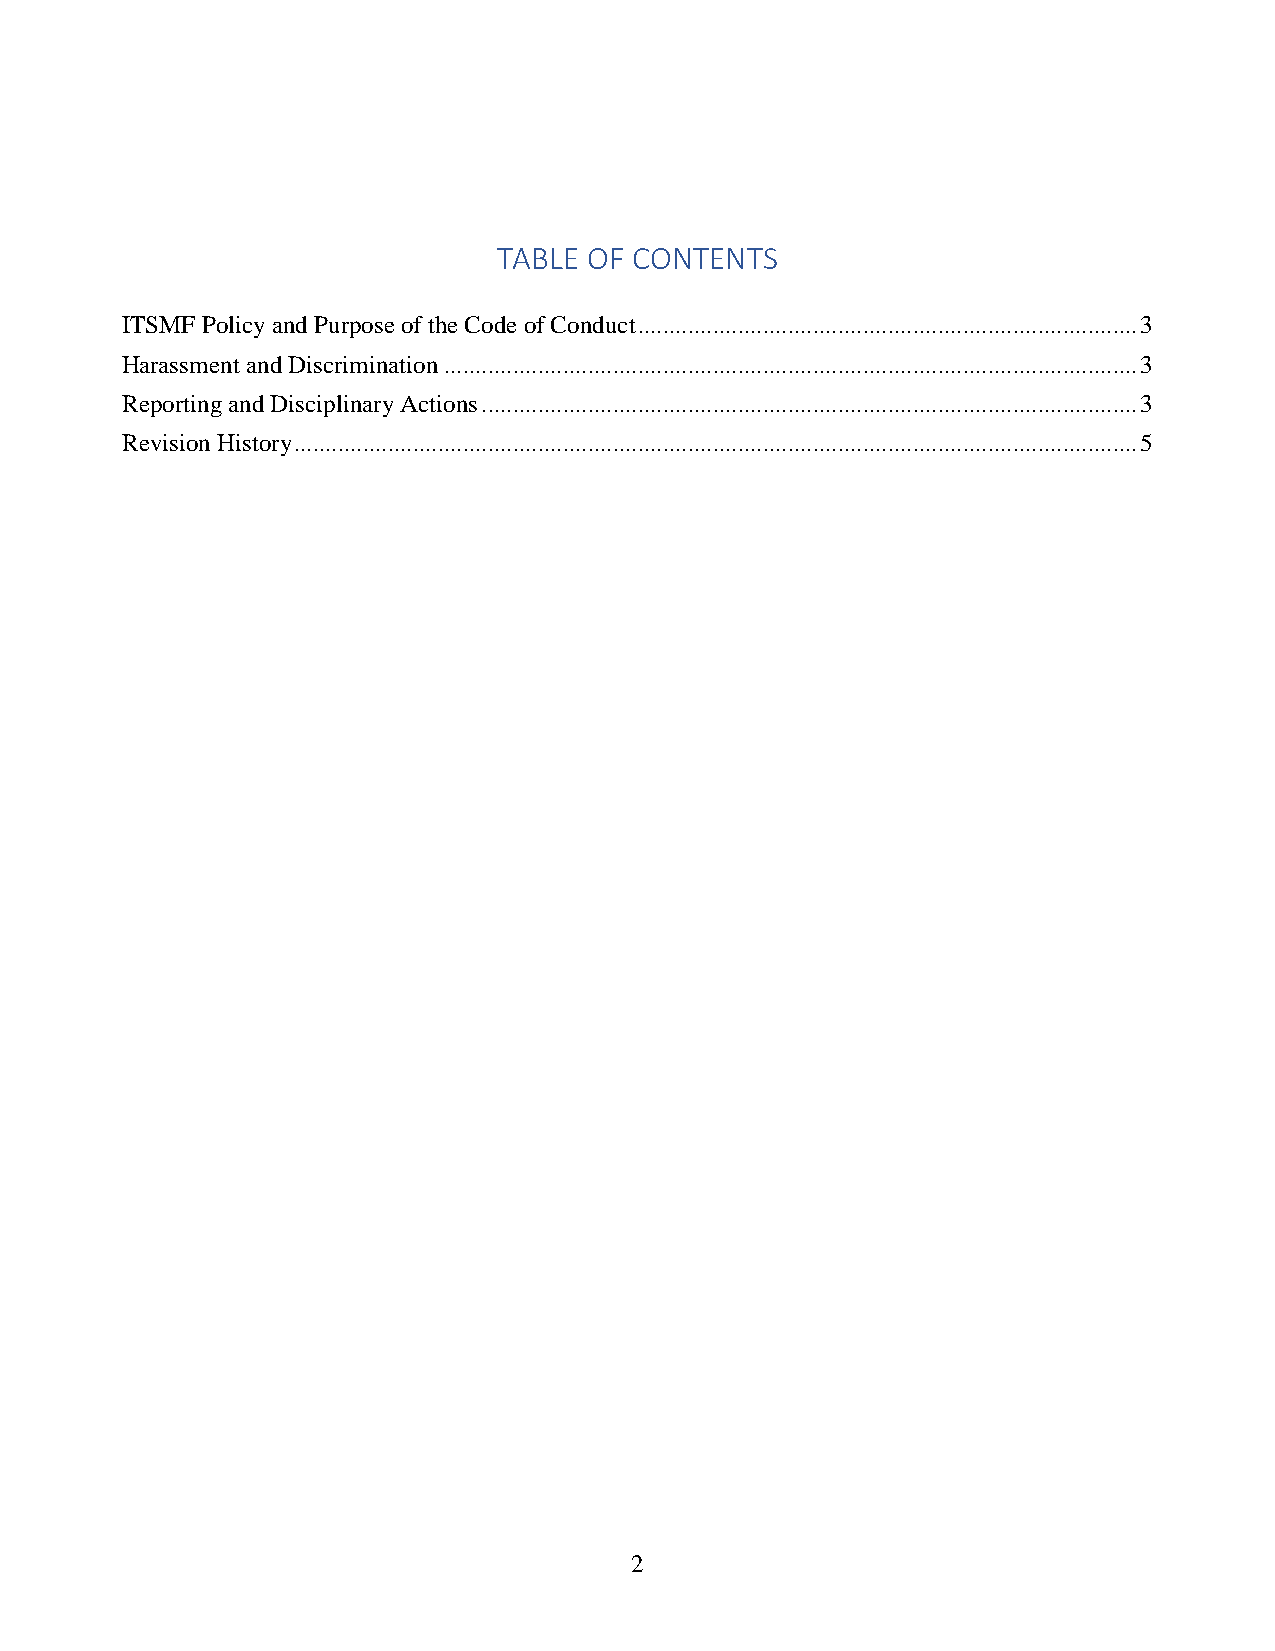
TABLE OF CONTENTS
 ITSMF Policy and Purpose of the Code of Conduct ................................................................................ 3
 Harassment and Discrimination ............................................................................................................... 3
 Reporting and Disciplinary Actions ......................................................................................................... 3
 Revision History ....................................................................................................................................... 5
 2